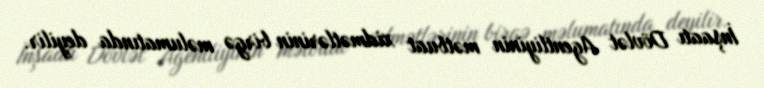
İnşaatı Dövlət Agentliyinin mətbuat xidmətlərinin birgə məlumatında deyilir.